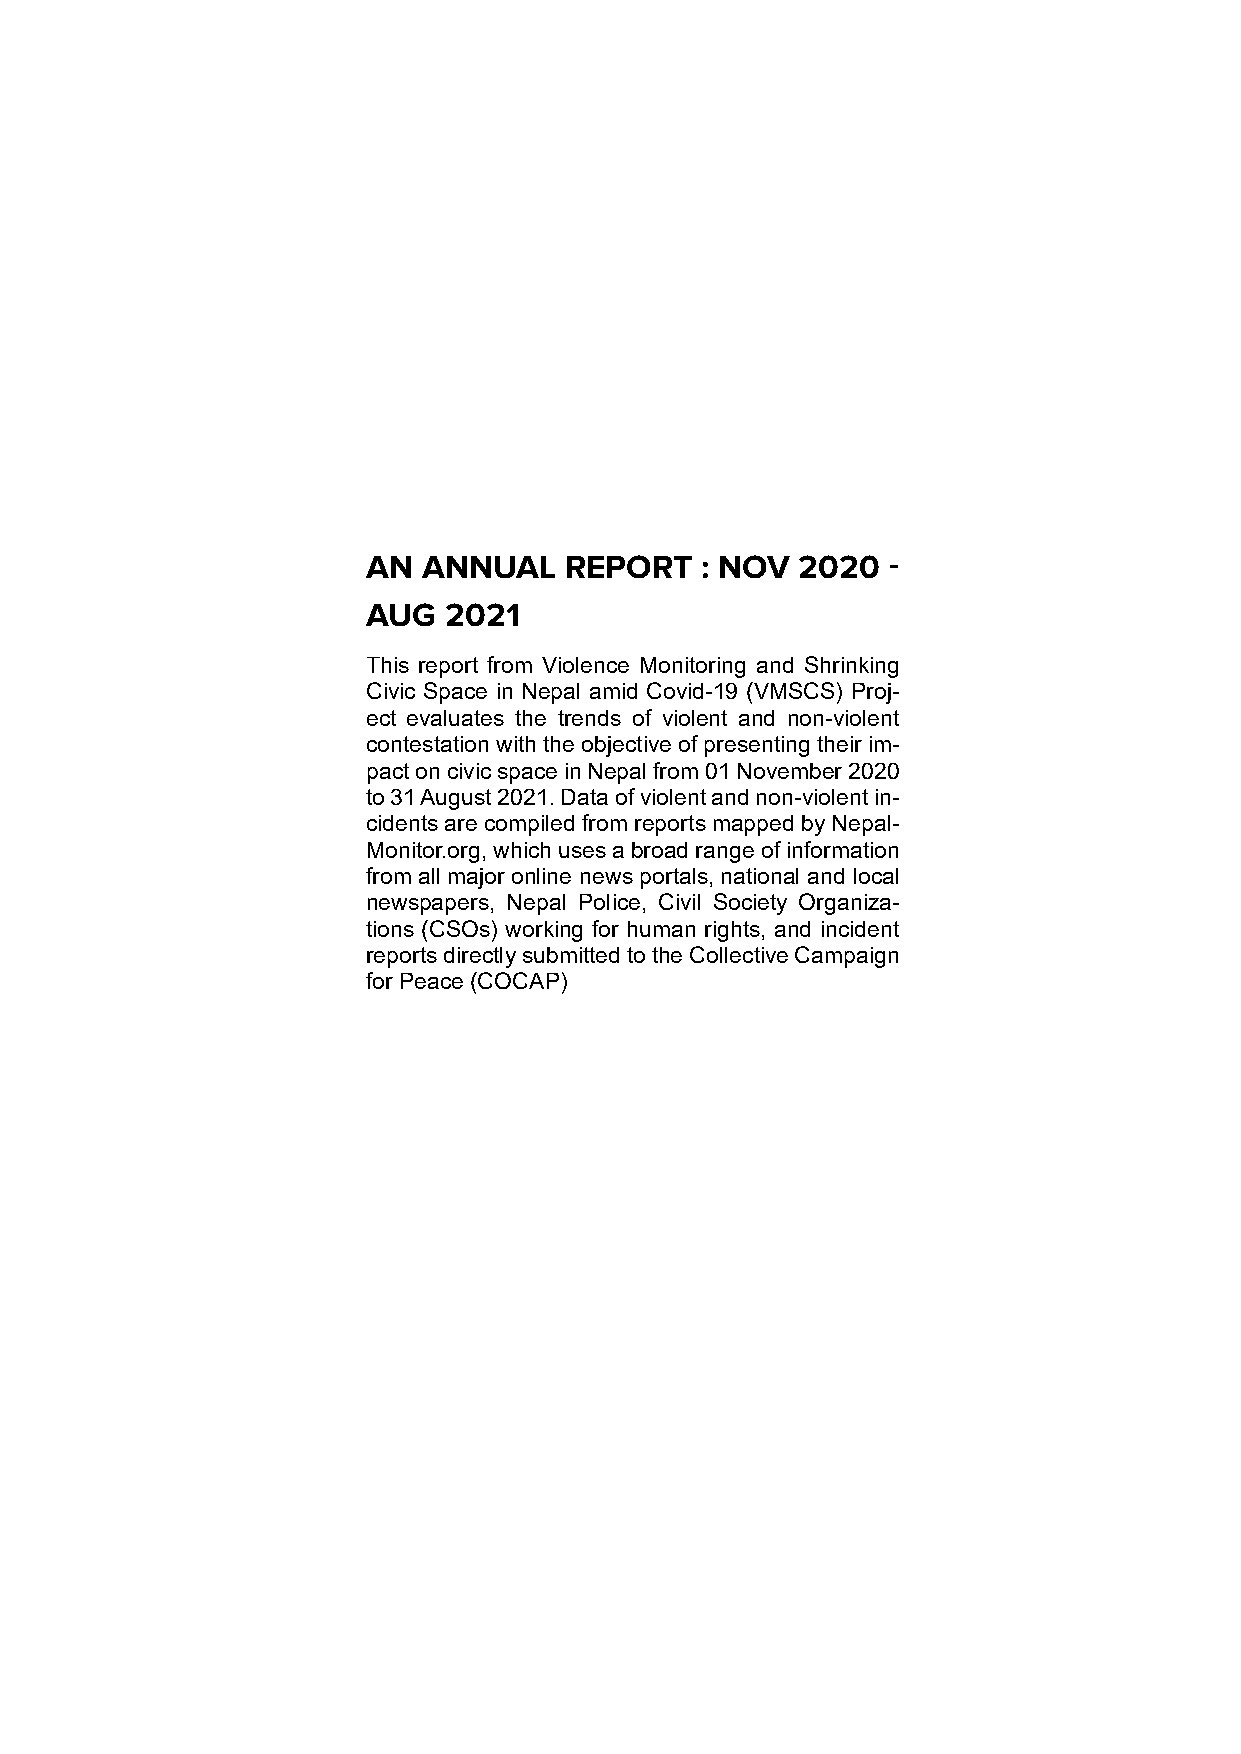
AN  ANNUAL   REPORT   : NOV  2020  -
 AUG  2021
 This report from Violence Monitoring and Shrinking
 Civic Space in Nepal amid Covid-19 (VMSCS) Proj-
 ect evaluates the trends of violent and non-violent
 contestation with the objective of presenting their im-
 pact on civic space in Nepal from 01 November 2020
 to 31 August 2021. Data of violent and non-violent in-
 cidents are compiled from reports mapped by Nepal-
 Monitor.org, which uses a broad range of information
 from all major online news portals, national and local
 newspapers, Nepal Police, Civil Society Organiza-
 tions (CSOs) working for human rights, and incident
 reports directly submitted to the Collective Campaign
 for Peace (COCAP)